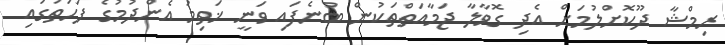
ރިމްޝާ ދޫކޮށްލުމަށް އެދި ގޮވާލާ ޖަމާއަތްތަކުން ބުނެފައި ވަނީ ޚަތިމު އެންދުމުގެ ފަހަތުގައި